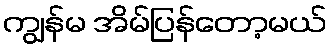
ကျွန်မ အိမ်ပြန်တော့မယ်